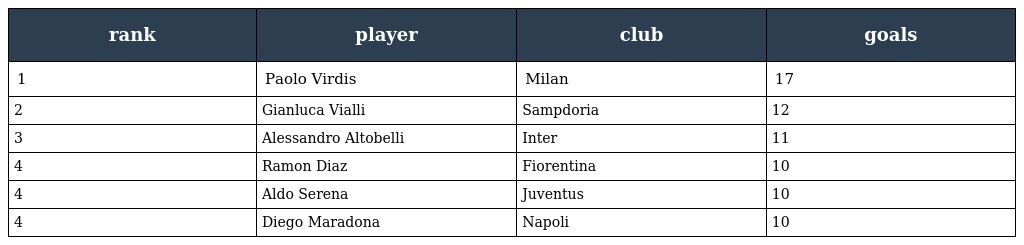
| rank | player | club | goals |
 | --- | --- | --- | --- |
 | 1 | Paolo Virdis | Milan | 17 |
 | 2 | Gianluca Vialli | Sampdoria | 12 |
 | 3 | Alessandro Altobelli | Inter | 11 |
 | 4 | Ramon Diaz | Fiorentina | 10 |
 | 4 | Aldo Serena | Juventus | 10 |
 | 4 | Diego Maradona | Napoli | 10 |